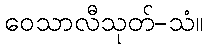
ဝေသာလီသုတ်-သံ။